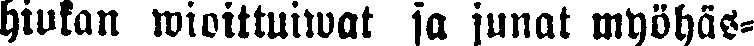
hiukan wioittuiwat ja junat myöhäs-